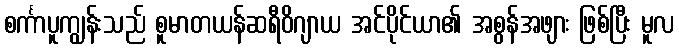
စင်္ကာပူကျွန်းသည် စူမာတယန်ဆရီဝိဂျာယ အင်ပိုင်ယာ၏ အစွန်အဖျား ဖြစ်ပြီး မူလ